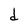
Character: d